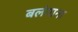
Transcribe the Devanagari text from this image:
बलंगाना